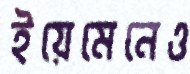
ইয়েমেনেও